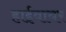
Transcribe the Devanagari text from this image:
हाईवायर